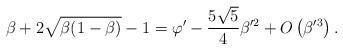
LaTeX: \begin{align*} \beta + 2\sqrt{\beta(1-\beta)}-1 = \varphi' -\frac {5\sqrt{5}}4 \beta'^2 +O\left(\beta'^3\right). \end{align*}